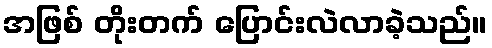
အဖြစ် တိုးတက် ပြောင်းလဲလာခဲ့သည်။